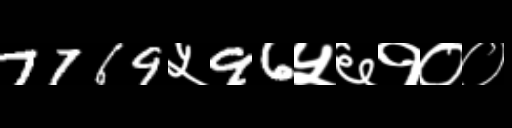
Text: 7769५96५६१००